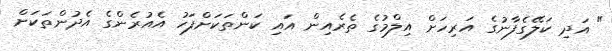
" އަދި ކަލޭގެފާނުގެ އަރިހަށް އިލްމުގެ ތެރެއިން އައި ކަންތަކަށްފަހު އެއުރެންގެ އެދުންތަކަށް